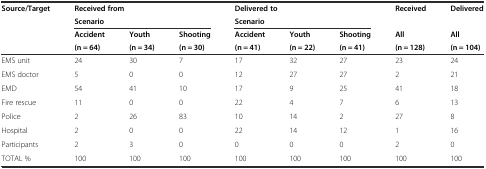
| Source/Target | <COLSPAN=3> Received from | <COLSPAN=3> Delivered to | Received | Delivered |
 |  | <COLSPAN=3> Scenario | <COLSPAN=3> Scenario |  |  |
 |  | Accident | Youth | Shooting | Accident | Youth | Shooting | All | All |
 |  | (n = 64) | (n = 34) | (n = 30) | (n = 41) | (n = 22) | (n = 41) | (n = 128) | (n = 104) |
 | --- | --- | --- | --- | --- | --- | --- | --- | --- |
 | EMS unit | 24 | 30 | 7 | 17 | 32 | 27 | 23 | 24 |
 | EMS doctor | 5 | 0 | 0 | 12 | 27 | 27 | 2 | 21 |
 | EMD | 54 | 41 | 10 | 17 | 9 | 25 | 41 | 18 |
 | Fire rescue | 11 | 0 | 0 | 22 | 4 | 7 | 6 | 13 |
 | Police | 2 | 26 | 83 | 10 | 14 | 2 | 27 | 8 |
 | Hospital | 2 | 0 | 0 | 22 | 14 | 12 | 1 | 16 |
 | Participants | 2 | 3 | 0 | 0 | 0 | 0 | 2 | 0 |
 | TOTAL % | 100 | 100 | 100 | 100 | 100 | 100 | 100 | 100 |